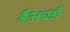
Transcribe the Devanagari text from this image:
हैअच्छी